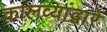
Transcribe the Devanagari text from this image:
कालव्यांद्वारे